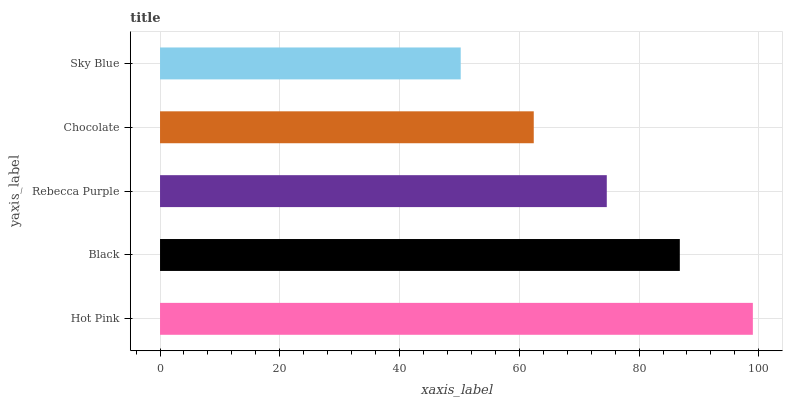
| yaxis_label | bars |
 | --- | --- |
 | Hot Pink | 99 |
 | Black | 86.8 |
 | Rebecca Purple | 74.6 |
 | Chocolate | 62.4 |
 | Sky Blue | 50.2 |